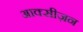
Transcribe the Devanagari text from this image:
आक्सीज़न